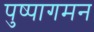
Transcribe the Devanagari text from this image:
पुष्पागमन